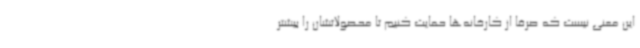
این معنی نیست که صرفاً از کارخانه‌ها حمایت کنیم تا محصولاتشان را بیشتر